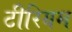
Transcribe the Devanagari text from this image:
टीरियम